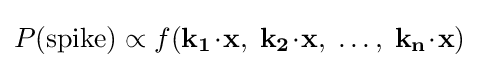
P({\textrm {spike}})\propto f(\mathbf {k_{1}} \!\cdot \!\mathbf {x} ,\;\mathbf {k_{2}} \!\cdot \!\mathbf {x} ,\;\ldots ,\;\mathbf {k_{n}} \!\cdot \!\mathbf {x} )